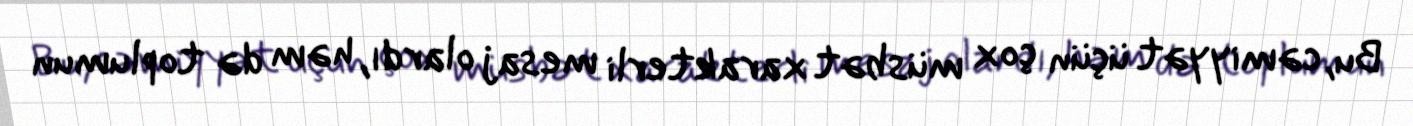
Bu, cəmiyyət üçün çox müsbət xarakterli mesaj olardı, həm də toplumun